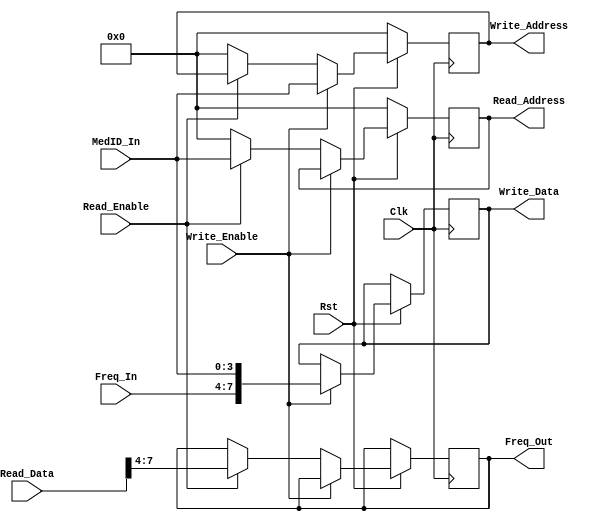
`timescale 1ns/10ps
module RAM1_Controller(Clk, Rst, Write_Enable, Read_Enable, MedID_In, Freq_In, Write_Address, Write_Data, Read_Address, Read_Data, Freq_Out);
input Clk, Rst;
input Write_Enable, Read_Enable;

input [3:0] MedID_In;
input [3:0] Freq_In;

output [7:0] Write_Data; 
reg [7:0] Write_Data;
output [3:0] Write_Address; // Calc here, sent to RAM1
reg [3:0] Write_Address;
output [3:0] Read_Address; // Sent to RAM1
reg [3:0] Read_Address;
output[3:0] Freq_Out;
reg [3:0] Freq_Out;

input [7:0] Read_Data;

always @(posedge Clk)
begin
if(Rst == 0)
begin
Write_Address <= 0;
Read_Address <= 0;
end
else
begin
if(Write_Enable == 1)
	begin
	Write_Address <= MedID_In;
	Write_Data <= {Freq_In,MedID_In}; // 0-3: MedID, 4-7: Freq
	
	end
else if(Read_Enable == 1)
	begin
	Read_Address <= MedID_In;
	Freq_Out <= Read_Data[7:4];
	end
else
	begin
	Write_Address <= 0;
	Read_Address <= 0;
	end
end
end
endmodule